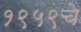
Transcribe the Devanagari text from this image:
१९५९चे